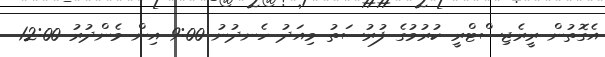
އެގޮތުން ރީރެޖިސްޓްރީ ކުރުމުގެ ފުރުސަތު މިއަދު ހެނދުނު 9:00 އިން މެންދުރު 12:00